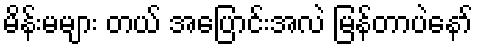
မိန်းမများ တယ် အပြောင်းအလဲ မြန်တာပဲနော်